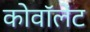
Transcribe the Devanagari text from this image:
कोवॉलेंट